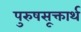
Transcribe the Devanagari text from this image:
पुरुषसूक्तार्थ